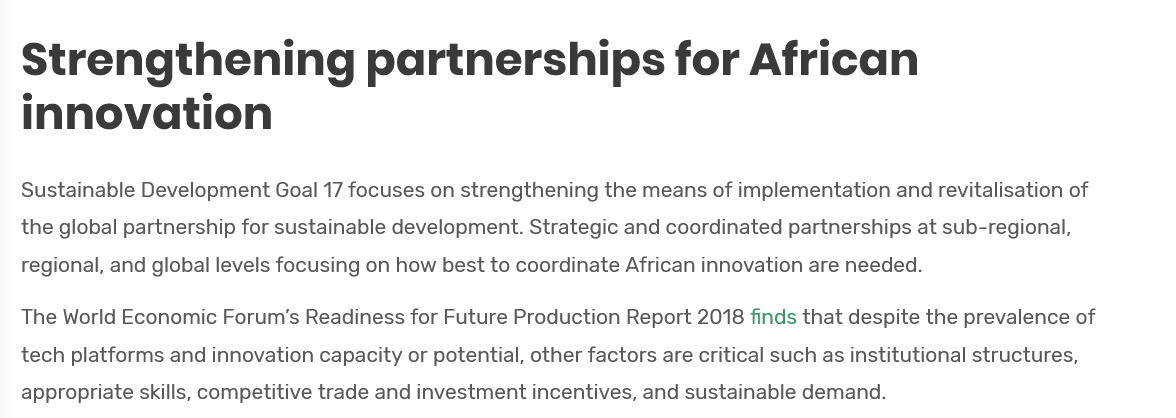
Strengthening    partnerships    for    African
   innovation
  The World Economic Forum's Readiness for Future Production Report 2018 finds that despite the prevalence of
  tech platforms and innovation capacity or potential, other factors are critical such as institutional structures,
   appropriate skills, competitive trade and investment incentives, and sustainable demand.
   Sustainable Development Goal 17 focuses on strengthening the means of implementation and revitalisation of
  the global partnership for sustainable development. Strategic and coordinated partnerships at sub-regional,
   regional, and global levels focusing on how best to coordinate African innovation are needed.